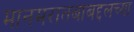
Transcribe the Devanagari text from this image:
मानमरातबाबद्दलच्या